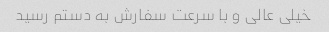
خیلی عالی و با سرعت سفارش به دستم رسید